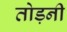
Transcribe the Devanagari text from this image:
तोड़नी